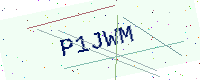
Text: P1JWM